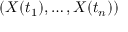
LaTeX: ( X ( t _ { 1 } ) , \ldots , X ( t _ { n } ) )